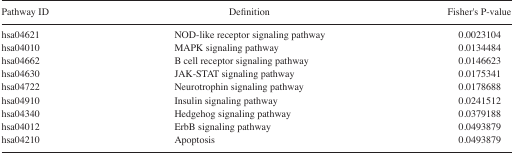
| Pathway ID | Definition | Fisher’s P-value |
 | --- | --- | --- |
 | hsa04621 | NOD-like receptor signaling pathway | 0.0023104 |
 | hsa04010 | MAPK signaling pathway | 0.0134484 |
 | hsa04662 | B cell receptor signaling pathway | 0.0146623 |
 | hsa04630 | JAK-STAT signaling pathway | 0.0175341 |
 | hsa04722 | Neurotrophin signaling pathway | 0.0178688 |
 | hsa04910 | Insulin signaling pathway | 0.0241512 |
 | hsa04340 | Hedgehog signaling pathway | 0.0379188 |
 | hsa04012 | ErbB signaling pathway | 0.0493879 |
 | hsa04210 | Apoptosis | 0.0493879 |